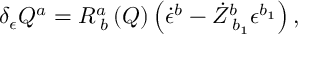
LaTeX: \delta _ { \epsilon } Q ^ { a } = R _ { \; b } ^ { a } \left( Q \right) \left( \dot { \epsilon } ^ { b } - \dot { Z } _ { \; b _ { 1 } } ^ { b } \epsilon ^ { b _ { 1 } } \right) ,